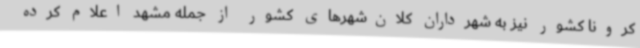
کرونا کشور نیز به شهرداران کلان‌شهرهای کشور از جمله مشهد اعلام کرده